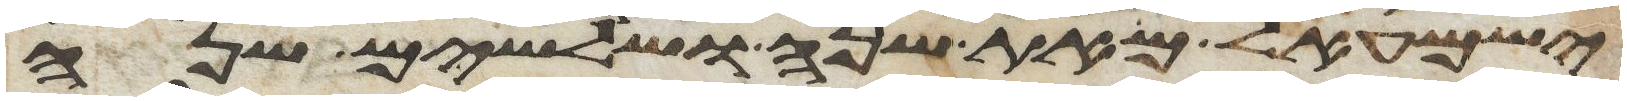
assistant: ישמעאל מאת שנה ושלשים שנה